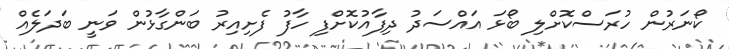
ކޯނަރުން ހުރަސްކޮށްލި ބޯޅަ އައްސަދު ދިފާއުކޮށްފި ހާފު ފެށިއިރު ބަންގާޅުން ވަނީ ބަދަލެއް